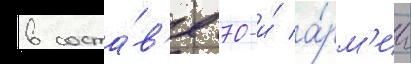
в соста́в'е 70-и́ а́рм'ии